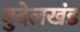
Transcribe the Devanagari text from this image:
बुदेलखंड